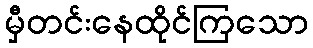
မှီတင်းနေထိုင်ကြသော